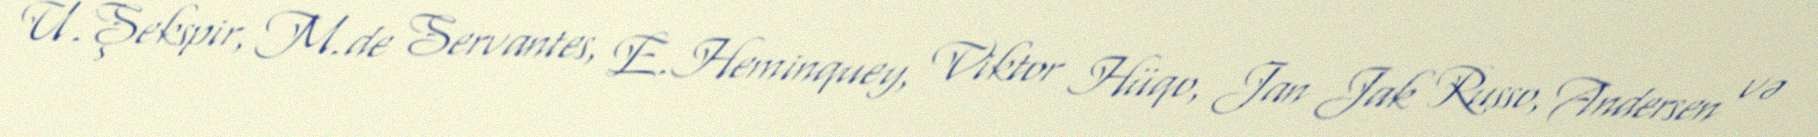
U.Şekspir, M.de Servantes, E.Heminquey, Viktor Hüqo, Jan Jak Russo, Andersen və